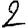
Digit: 2